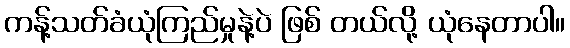
ကန့်သတ်ခံယုံကြည်မှုနဲ့ပဲ ဖြစ် တယ်လို့ ယုံနေတာပါ။